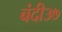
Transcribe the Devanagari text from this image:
बंदी३७